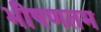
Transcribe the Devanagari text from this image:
भीषणतम